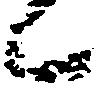
候